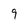
Character: 9